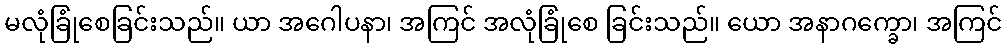
မလုံခြုံစေခြင်းသည်။ ယာ အဂေါပနာ၊ အကြင် အလုံခြုံစေ ခြင်းသည်။ ယော အနာဂက္ခော၊ အကြင်